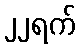
၂၂ရက်